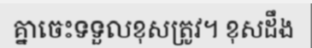
គ្នាចេះទទួលខុសត្រូវ។ ខុសដឹង